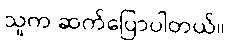
သူက ဆက်ပြောပါတယ်။